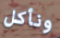
ونأكل